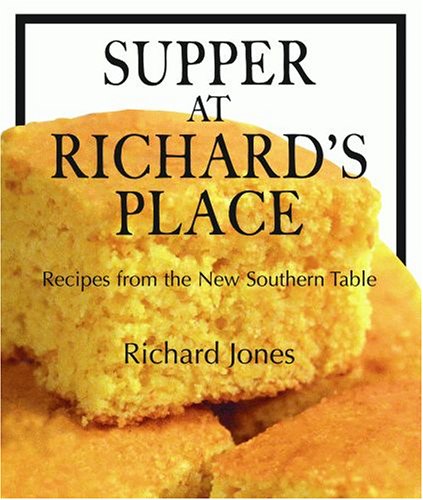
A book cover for Supper at Richard's Place: Recipes from the New Southern Table; Richard Jones; Cookbooks, Food & Wine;